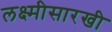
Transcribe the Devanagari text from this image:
लक्ष्मीसारखी